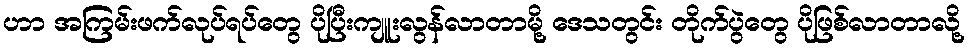
ဟာ အကြမ်းဖက်လုပ်ရပ်တွေ ပိုပြီးကျူးလွန်လာတာမို့ ဒေသတွင်း တိုက်ပွဲတွေ ပိုဖြစ်လာတာလို့